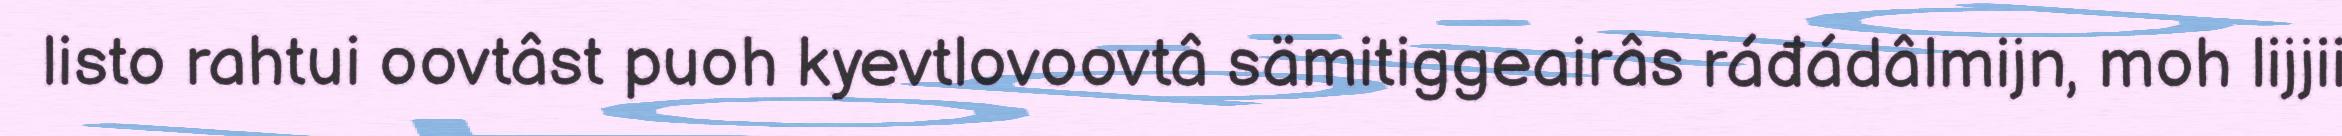
listo rahtui oovtâst puoh kyevtlovoovtâ sämitiggeairâs ráđádâlmijn, moh lijjii